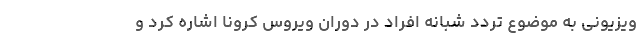
ویزیونی به موضوع تردد شبانه افراد در دوران ویروس کرونا اشاره کرد و